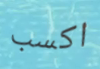
اكسب